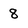
Character: 8